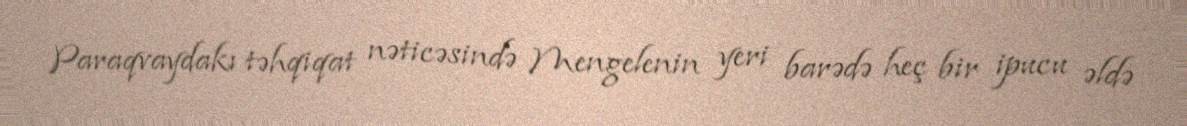
Paraqvaydakı təhqiqat nəticəsində Mengelenin yeri barədə heç bir ipucu əldə